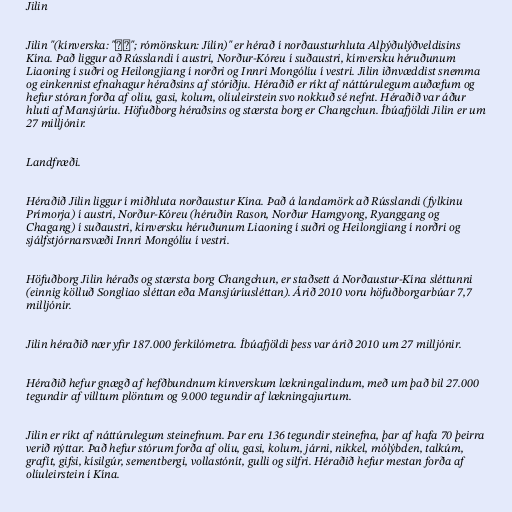
Jilin

Jilin "(kínverska: "吉林"; rómönskun: Jílín)" er hérað í norðausturhluta Alþýðulýðveldisins
Kína. Það liggur að Rússlandi í austri, Norður-Kóreu í suðaustri, kínversku héruðunum
Liaoning í suðri og Heilongjiang í norðri og Innri Mongólíu í vestri. Jilin iðnvæddist snemma
og einkennist efnahagur héraðsins af stóriðju. Héraðið er ríkt af náttúrulegum auðæfum og
hefur stóran forða af olíu, gasi, kolum, olíuleirstein svo nokkuð sé nefnt. Héraðið var áður
hluti af Mansjúríu. Höfuðborg héraðsins og stærsta borg er Changchun. Íbúafjöldi Jilin er um
27 milljónir.

Landfræði.

Héraðið Jilin liggur í miðhluta norðaustur Kína. Það á landamörk að Rússlandi (fylkinu
Prímorja) í austri, Norður-Kóreu (héruðin Rason, Norður Hamgyong, Ryanggang og
Chagang) í suðaustri, kínversku héruðunum Liaoning í suðri og Heilongjiang í norðri og
sjálfstjórnarsvæði Innri Mongólíu í vestri.

Höfuðborg Jilin héraðs og stærsta borg Changchun, er staðsett á Norðaustur-Kína sléttunni
(einnig kölluð Songliao sléttan eða Mansjúríusléttan). Árið 2010 voru höfuðborgarbúar 7,7
milljónir.

Jilin héraðið nær yfir 187.000 ferkílómetra. Íbúafjöldi þess var árið 2010 um 27 milljónir.

Héraðið hefur gnægð af hefðbundnum kínverskum lækningalindum, með um það bil 27.000
tegundir af villtum plöntum og 9.000 tegundir af lækningajurtum.

Jilin er ríkt af náttúrulegum steinefnum. Þar eru 136 tegundir steinefna, þar af hafa 70 þeirra
verið nýttar. Það hefur stórum forða af olíu, gasi, kolum, járni, nikkel, mólýbden, talkúm,
grafít, gifsi, kísilgúr, sementbergi, vollastónít, gulli og silfri. Héraðið hefur mestan forða af
olíuleirstein í Kína.